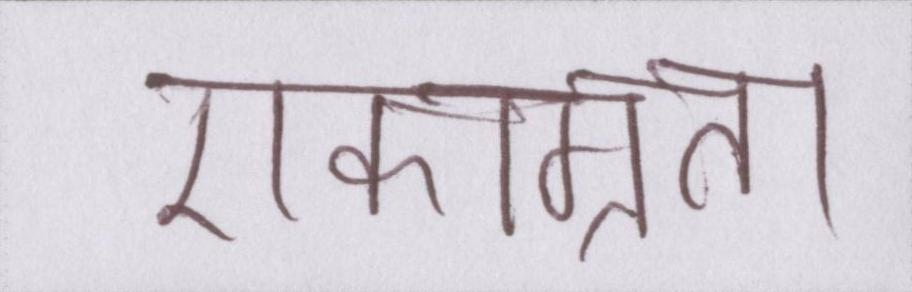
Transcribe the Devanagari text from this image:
एकाग्रता